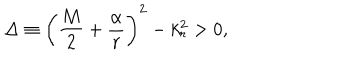
\Delta \equiv \left( \frac { M } { 2 } + \frac { \alpha } { r } \right) ^ { 2 } - k _ { r } ^ { 2 } > 0 ,